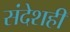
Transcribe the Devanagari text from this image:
संदेशही